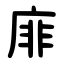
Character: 䨾